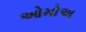
ઓમોઅ